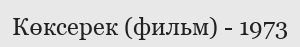
Көксерек (фильм) - 1973